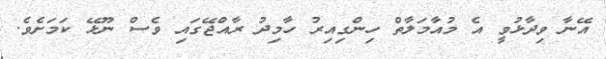
އޭނާ ވިދާޅުވީ އެ މުއާމަލާތް ހިންގިއިރު ހާމިދު ރާއްޖޭގައި ވެސް ނޫޅޭ ކަމަށެވެ.